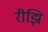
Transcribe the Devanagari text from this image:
रीझि